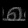
Digit: ၈